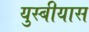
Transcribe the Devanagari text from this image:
युस्बीयास